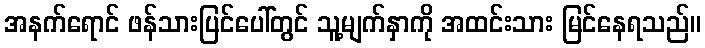
အနက်ရောင် ဖန်သားပြင်ပေါ်တွင် သူ့မျက်နှာကို အထင်းသား မြင်နေရသည်။